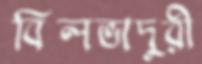
বিলভাদুরী